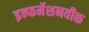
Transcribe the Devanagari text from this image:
इन्फर्मेशनवीक